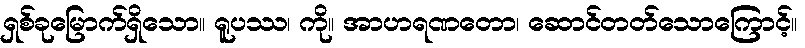
ရှစ်ခုမြောက်ရှိသော။ ရူပဿ၊ ကို။ အာဟရဏတော၊ ဆောင်တတ်သောကြောင့်။